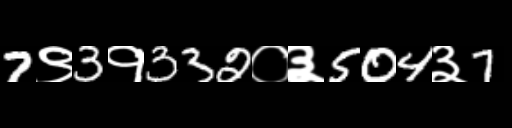
Text: 7९3१332०३504३7